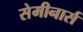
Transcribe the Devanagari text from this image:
सेमीनार्स